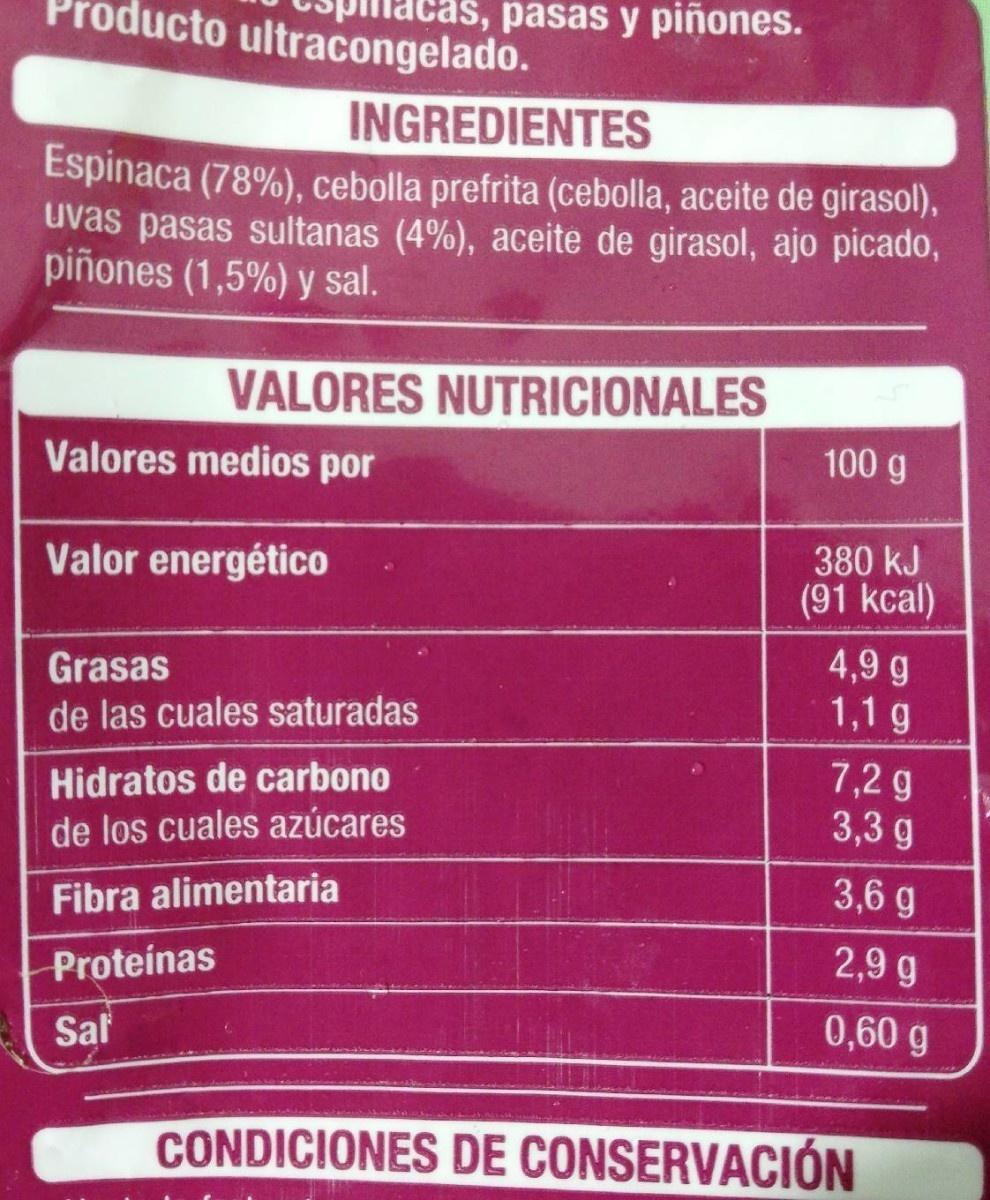
Producto ultracongelado.
Icas, pasas y piñones.
INGREDIENTES
Espinaca (78%), cebolla prefrita (cebolla, aceite de girasol), uvas pasas sultanas (4%), aceite de girasol, ajo picado, piñones (1,5%) y sal.
VALORES NUTRICIONALES
Valores medios por
100 g
Valor energético
380 kJ (91 kcal)
Grasas de las cuales saturadas
4,9 g 1,1 g
Hidratos de carbono de los cuales azúcares
7,2 g 3,3 g
3,6 g
Fibra alimentaria
2,9 g
Proteinas
0,60 g
Saf
CONDICIONES DE CONSERVACIÓN